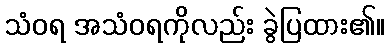
သံဝရ အသံဝရကိုလည်း ခွဲပြထား၏။